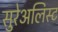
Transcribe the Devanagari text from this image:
सुरेअलिस्ट